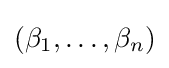
(\beta _{1},\ldots ,\beta _{n})